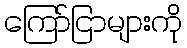
ကြော်ငြာများကို